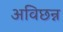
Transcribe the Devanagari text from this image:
अविछन्न